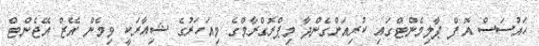
ހައުސަސް އޮފް ޕާލިމެންޓްގައި ކުރިއަށްގެންދާ މިޕްރޮގްރާމްގެ މިއަހަރުގެ ޝިއާރަކީ ވިމެން އޭޒް އޭޖެންޓް